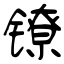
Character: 镣